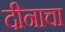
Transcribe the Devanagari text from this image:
दीनाचा